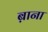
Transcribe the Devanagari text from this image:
ब़ाना